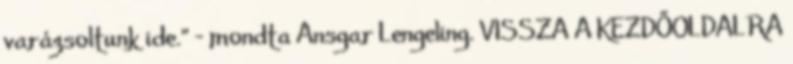
varázsoltunk ide.” – mondta Ansgar Lengeling. VISSZA A KEZDŐOLDALRA